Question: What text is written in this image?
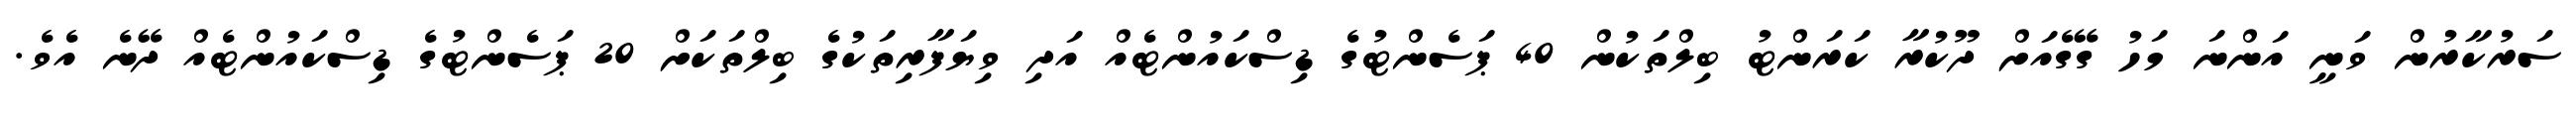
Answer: ސަރުކާރުން ވަނީ އަންނަ މަހު ގޭގެއަށް ދޫކުރާ ކަރަންޓު ބިލްތަކުން 40 ޕަސެންޓުގެ ޑިސްކައުންޓެއް އަދި ވިޔަފާރިތަކުގެ ބިލްތަކަށް 20 ޕަސެންޓުގެ ޑިސްކައުންޓެއް ދޭނެ އެވެ.